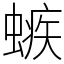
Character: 螏